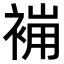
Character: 𧚸